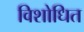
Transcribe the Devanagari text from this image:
विशोधित